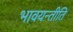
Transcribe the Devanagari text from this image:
भावयन्तीति